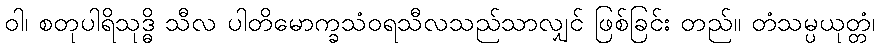
ဝါ၊ စတုပါရိသုဒ္ဓိ သီလ ပါတိမောက္ခသံဝရသီလသည်သာလျှင် ဖြစ်ခြင်း တည်။ တံသမ္ပယုတ္တံ၊